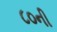
૮૦ની